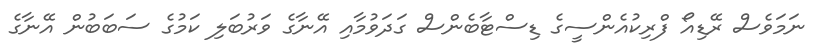
ނަމަވެސް ރޭޑިއޯ ފްރިކުއެންސީގެ ޑިސްޓާބެންސް ގަދަވުމާއި އޭނާގެ ވަރުބަލި ކަމުގެ ސަބަބުން އޭނާގެ